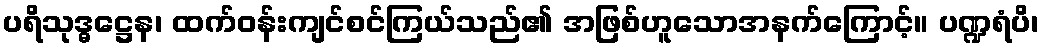
ပရိသုဒ္ဓဋ္ဌေန၊ ထက်ဝန်းကျင်စင်ကြယ်သည်၏ အဖြစ်ဟူသောအနက်ကြောင့်။ ပဏ္ဍရံပိ၊